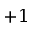
+ 1